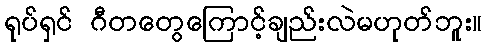
ရုပ်ရှင် ဂီတတွေကြောင့်ချည်းလဲမဟုတ်ဘူး။